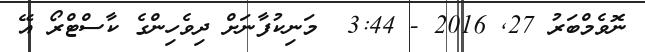
ނޮވެމްބަރު 27